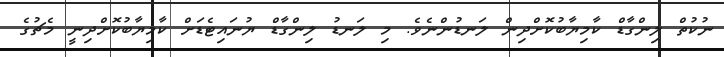
ނުކުތް ލިންގާޑް ކާމިޔާބުކޮށްދިން ލަނޑުންނެވެ. މި ލަނޑު ލިންގާޑް ޔުނައިޓެޑަށް ކާމިޔާބުކޮށްދިނީ މެޗުގެ